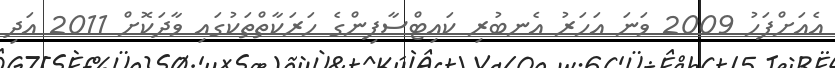
އެއަށްފަހު 2009 ވަނަ އަހަރު އެނބުރި ކައިޓްސާފިންގެ ހަރަކާތްތަކުގައި ވާދަކޮށް 2011 އަދި